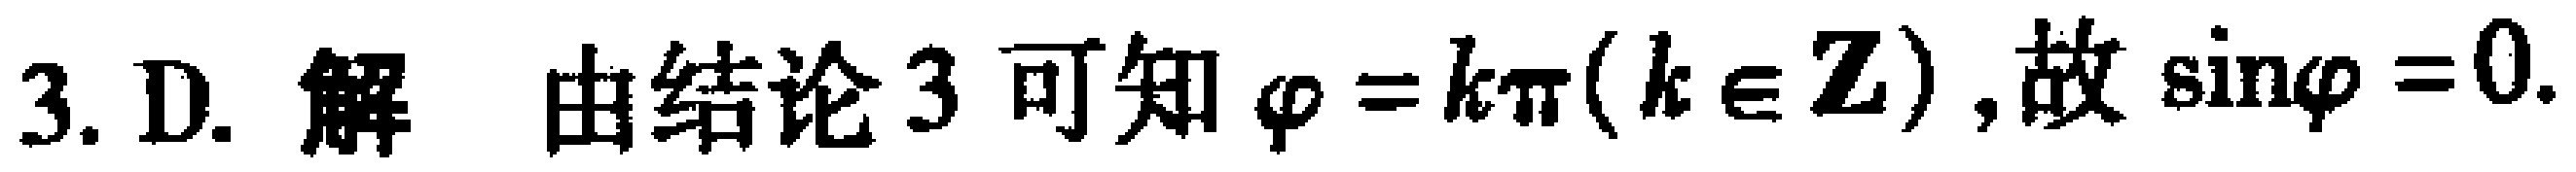
3. D. 解 由结论 3 可知 \(\varphi = k\pi(k\in\mathbf{Z})\),故 \(\sin\varphi = 0\).